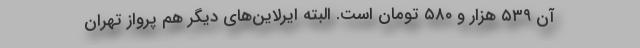
آن ۵۳۹ هزار و ۵۸۰ تومان است. البته ایرلاین‌های دیگر هم پرواز تهران